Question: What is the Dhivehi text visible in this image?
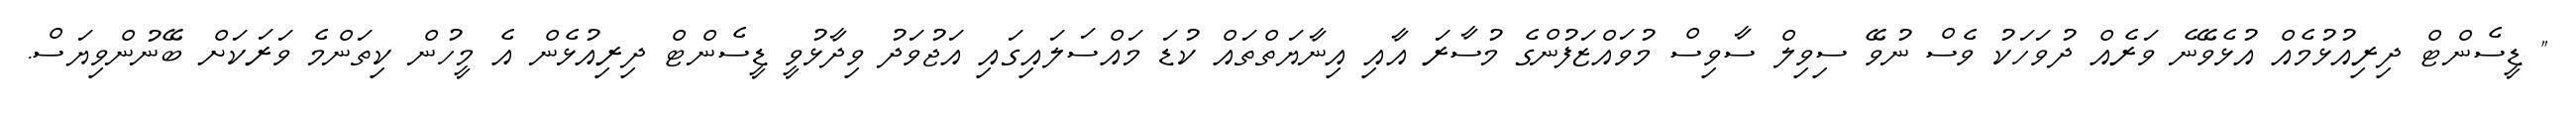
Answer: " ޑީސެންޓް ދިރިއުޅުމެއް އުޅެވޭނެ ވަރެއް ދުވަހަކު ވެސް ނުވޭ ސިވިލް ސާވިސް މުވައްޒަފުންގެ މުސާރަ އާއި އިނާޔަތްތައް ކުޑަ މައްސަލައިގައި އަޖުވަދު ވިދާޅުވީ ޑީސެންޓް ދިރިއުޅެން އެ މީހުން ކިތަންމެ ވަރަކަށް ބޭނުންވިޔަސް.